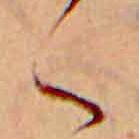
く